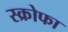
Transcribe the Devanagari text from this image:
स्क्रोफा